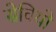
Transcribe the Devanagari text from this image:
सेवियो